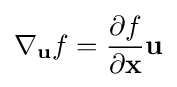
\nabla _{\mathbf {u} }f={\frac {\partial f}{\partial \mathbf {x} }}\mathbf {u}